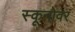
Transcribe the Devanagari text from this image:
स्कूनोवर